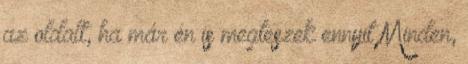
az oldalt, ha már én is megteszek ennyit Minden,